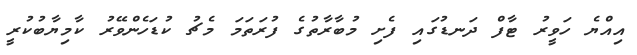
އިއްޔެ ހަވީރު ޓާފް ދަނޑުގައި ފެށި މުބާރާތުގެ ފުރަތަމަ މެޗު ކުޑަހެންވޭރު ކާމިޔާބުކުރީ